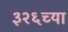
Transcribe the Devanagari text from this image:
३२६च्या